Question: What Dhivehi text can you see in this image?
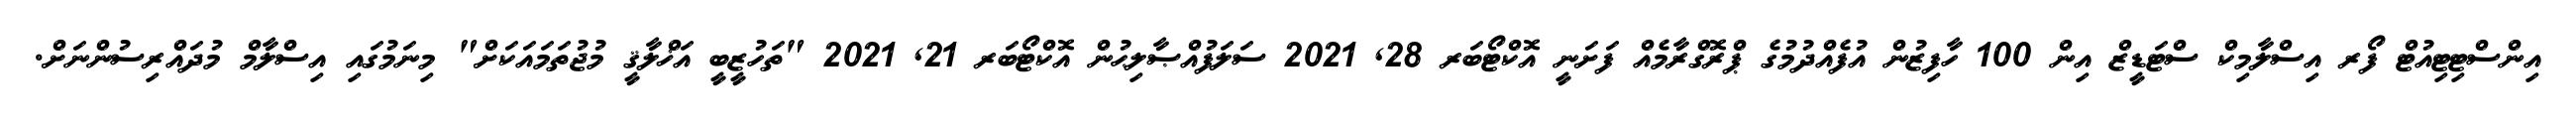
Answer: އިންސްޓިޓިއުޓް ފޯރ އިސްލާމިކް ސްޓަޑީޒް އިން 100 ހާފިޒުން އުފެއްދުމުގެ ޕްރޮގްރާމެއް ފަށަނީ އޮކްޓޯބަރ 28, 2021 ސަލަފުއްޞާލިޙުން އޮކްޓޯބަރ 21, 2021 "ތަހުޒީބީ އަޚްލާޤީ މުޖުތަމައަކަށް" މިނަމުގައި އިސްލާމް މުދައްރިސުންނަށް.